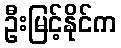
ဦးမြင့်နိုင်က